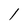
Character: l